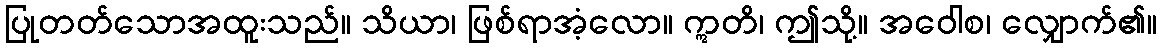
ပြုတတ်သောအထူးသည်။ သိယာ၊ ဖြစ်ရာအံ့လော။ ဣတိ၊ ဤသို့။ အဝေါစ၊ လျှောက်၏။